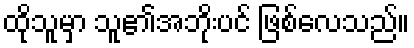
ထိုသူမှာ သူ၏အဘိုးပင် ဖြစ်လေသည်။